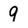
Character: 9